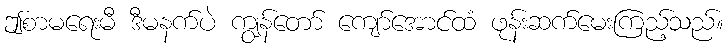
ဤစာမရေးမီ ဒီမနက်ပဲ ကျွန်တော် ကျော်အောင်ထံ ဖုန်းဆက်မေးကြည့်သည်။